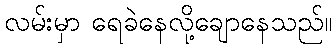
လမ်းမှာ ရေခဲနေလို့ချောနေသည်။